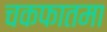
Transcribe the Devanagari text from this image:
चकफातमा